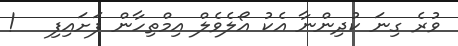
ވުރެ ގިނަ ކުދިންނާ އެކު އޯލެވެލް އިމްތިހާން ފަށައިފި   !